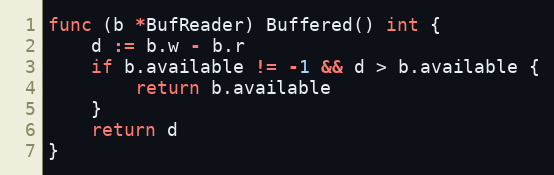
Language: Go
func (b *BufReader) Buffered() int {
	d := b.w - b.r
	if b.available != -1 && d > b.available {
		return b.available
	}
	return d
}